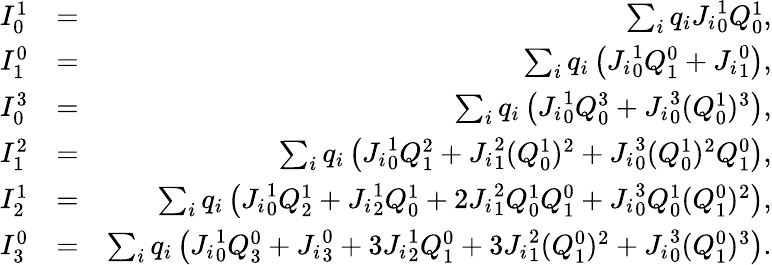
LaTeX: \begin{array}{rlr}{I_{0}^{1}}&{=}&{\sum_{i}q_{i}{J_{i}}_{0}^{1}Q_{0}^{1},}\\ {I_{1}^{0}}&{=}&{\sum_{i}q_{i}\left({J_{i}}_{0}^{1}Q_{1}^{0}+{J_{i}}_{1}^{0}\right),}\\ {I_{0}^{3}}&{=}&{\sum_{i}q_{i}\left({J_{i}}_{0}^{1}Q_{0}^{3}+{J_{i}}_{0}^{3}(Q_{0}^{1})^{3}\right),}\\ {I_{1}^{2}}&{=}&{\sum_{i}q_{i}\left({J_{i}}_{0}^{1}Q_{1}^{2}+{J_{i}}_{1}^{2}(Q_{0}^{1})^{2}+{J_{i}}_{0}^{3}(Q_{0}^{1})^{2}Q_{1}^{0}\right),}\\ {I_{2}^{1}}&{=}&{\sum_{i}q_{i}\left({J_{i}}_{0}^{1}Q_{2}^{1}+{J_{i}}_{2}^{1}Q_{0}^{1}+2{J_{i}}_{1}^{2}Q_{0}^{1}Q_{1}^{0}+{J_{i}}_{0}^{3}Q_{0}^{1}(Q_{1}^{0})^{2}\right),}\\ {I_{3}^{0}}&{=}&{\sum_{i}q_{i}\left({J_{i}}_{0}^{1}Q_{3}^{0}+{J_{i}}_{3}^{0}+3{J_{i}}_{2}^{1}Q_{1}^{0}+3{J_{i}}_{1}^{2}(Q_{1}^{0})^{2}+{J_{i}}_{0}^{3}(Q_{1}^{0})^{3}\right).}\end{array}